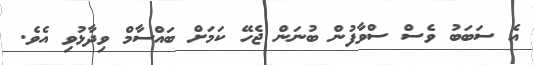
އެ ސަބަބު ވެސް ސްވާފުން ބުނަން ޖެހޭ ކަމަށް ބައްސާމް ވިދާޅުވި އެވެ.